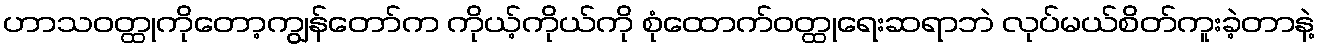
ဟာသဝတ္ထုကိုတော့ကျွန်တော်က ကိုယ့်ကိုယ်ကို စုံထောက်ဝတ္ထုရေးဆရာဘဲ လုပ်မယ်စိတ်ကူးခဲ့တာနဲ့